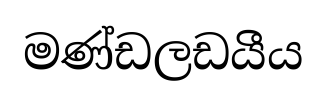
මණ්ඩලඩයීය